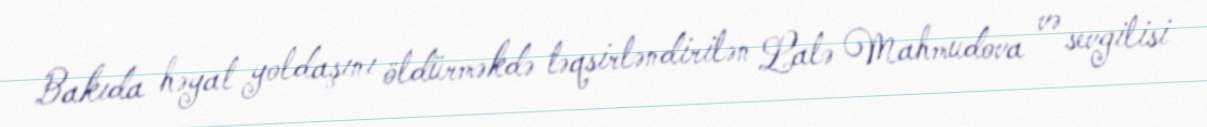
Bakıda həyat yoldaşını öldürməkdə təqsirləndirilən Lalə Mahmudova və sevgilisi